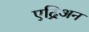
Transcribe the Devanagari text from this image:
एद्रिअन